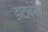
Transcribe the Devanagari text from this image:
डाटाबेसेज़